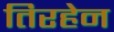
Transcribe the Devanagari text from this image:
तिरहेन